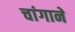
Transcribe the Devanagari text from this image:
चांगाने